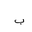
Letter: _ba